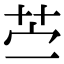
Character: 苎